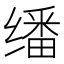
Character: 𬙆